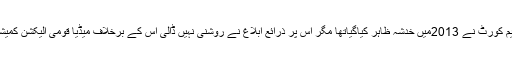
انہوں نے کہاکہ مشینوں کے ساتھ چھیڑ چھاڑ پر سپریم کورٹ نے 2013میں خدشہ ظاہر کیاگیاتھا مگر اس پر ذرائع ابلاغ نے روشنی نہیں ڈالی اس کے برخلاف میڈیا قومی الیکشن کمیشن کے بیانات کی پرجوش انداز میں اشاعت کرتا ہے ۔